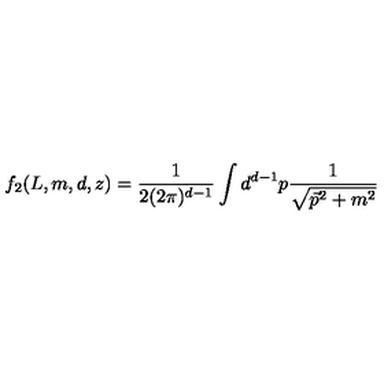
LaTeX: f _ { 2 } ( L , m , d , z ) = \frac { 1 } { 2 ( 2 \pi ) ^ { d - 1 } } \int { d } ^ { d - 1 } p \frac { 1 } { \sqrt { \vec { p } ^ { 2 } + m ^ { 2 } } }